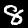
Label: 8